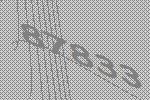
87833